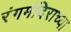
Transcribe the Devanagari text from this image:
रंगमंदिराच्या